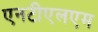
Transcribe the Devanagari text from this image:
एनटीएलएम